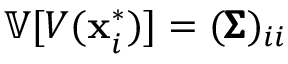
\mathbb { V } [ V ( \mathbf { x } _ { i } ^ { * } ) ] = ( { \pmb { \Sigma } } ) _ { i i }